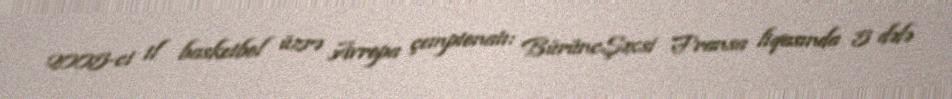
2005-ci il basketbol üzrə Avropa çempionatı: BürüncŞəxsi Fransa liqasında 5 dəfə